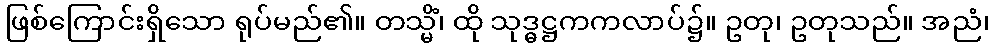
ဖြစ်ကြောင်းရှိသော ရုပ်မည်၏။ တသ္မိံ၊ ထို သုဒ္ဓဋ္ဌကကလာပ်၌။ ဥတု၊ ဥတုသည်။ အညံ၊